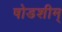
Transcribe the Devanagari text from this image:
षोडशीम्